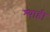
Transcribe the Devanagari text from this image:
श्याही